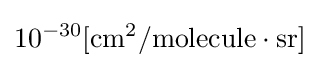
10^{-30}[\mathrm {cm} ^{2}/\mathrm {molecule} \cdot \mathrm {sr} ]